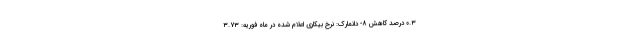
۰.۳ درصد کاهش ۸- دانمارک: نرخ بیکاری اعلام شده در ماه فوریه: ۳.۷۳